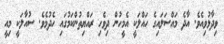
ވިދާޅުވިއެވެ. އާދެ މައްސަލައިގެ ހައްލަކީ އެމީހުން ދިވެހި ރައްޔިތުންކަމުގައި ހެދުމެވެ. ސުއާލަކީ މިއީ